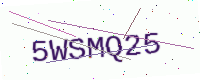
Text: 5WSMQ25